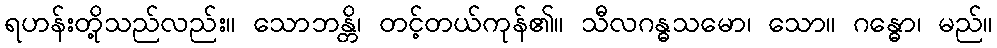
ရဟန်းတို့သည်လည်း။ သောဘန္တိ၊ တင့်တယ်ကုန်၏။ သီလဂန္ဓသမော၊ သော။ ဂန္ဓော၊ မည်။